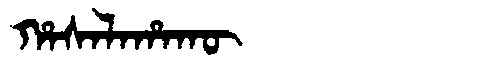
Manchu: ᡥᠠᠰᠠᠯᠠᡥᠠᡴᡡ
Romanization: HASALAHAKŪ